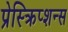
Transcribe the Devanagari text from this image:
प्रेस्क्रिप्शन्स